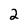
Character: 2